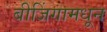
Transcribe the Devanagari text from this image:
बीजिंगामधून